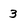
Character: 3